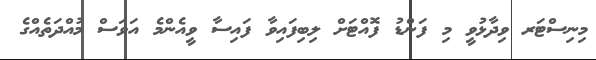
މިނިސްޓަރ ވިދާޅުވީ މި ފަންޑު ފޮއްޓަށް ލިބިފައިވާ ފައިސާ ވީއެންމެ އަވަސް މުއްދަތެއްގެ